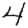
Digit: 4